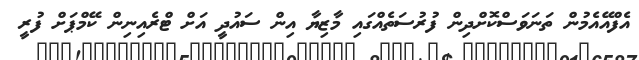
އެފްއޭއެމުން ތަނަވަސްކޮށްދިން ފުރުސަތެއްގައި މާޒިޔާ އިން ސައުދީ އަށް ޓްރެއިނިން ކޭމްޕަށް ފުރީ